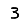
Digit: 3